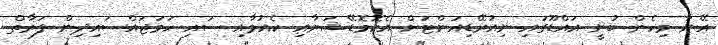
އޭނާ މިހެން ބުނީ އައްޑޫގައި ނިއުރޭޑިއަންޓަށް އެކޮމޮޑޭޝަނާއި ކެއުމާއި ސައި ހަމަޖައްސައިދިން ފަރާތް